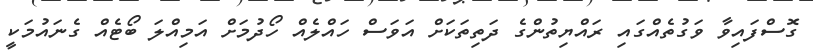
ގޮސްފައިވާ ވަގުތެއްގައި ރައްޔިތުންގެ ދަތިތަކަށް އަވަސް ހައްލެއް ހޯދުމަށް އަމިއްލަ ބޯޓެއް ގެނައުމަކީ